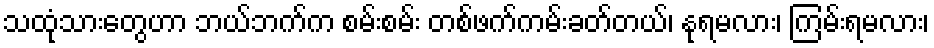
သထုံသားတွေဟာ ဘယ်ဘက်က စမ်းစမ်း တစ်ဖက်ကမ်းခတ်တယ်၊ နုရမလား၊ ကြမ်းရမလား၊